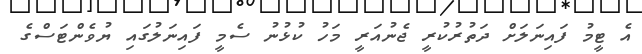
އެ ޓީމު ފައިނަލަށް ދަތުރުކުރީ ޖެނުއަރީ މަހު ކުޅުނު ސެމީ ފައިނަލުގައި ޔުވެންޓަސްގެ